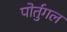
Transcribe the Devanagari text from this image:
पोर्तुगल